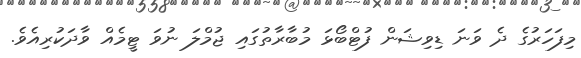
މިފަހަރުގެ ދެ ވަނަ ޑިވިޝަން ފުޓްބޯޅަ މުބާރާތުގައި ޖުމްލަ ނުވަ ޓީމެއް ވާދަކުރިއެވެ.